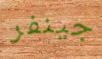
جينفر